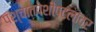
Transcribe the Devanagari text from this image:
पश्चातपेशीपटलावर